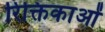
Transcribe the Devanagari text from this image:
रिक्तिकाओं